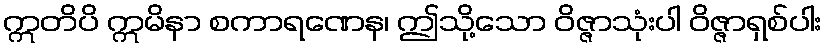
ဣတိပိ ဣမိနာ စကာရဏေန၊ ဤသို့သော ဝိဇ္ဇာသုံးပါ ဝိဇ္ဇာရှစ်ပါး